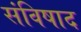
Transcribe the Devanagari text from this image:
संविषाद